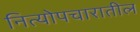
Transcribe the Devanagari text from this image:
नित्योपचारातील